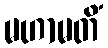
မဟာမတိံ